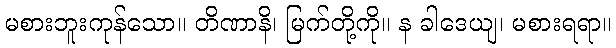
မစားဘူးကုန်သော။ တိဏာနိ၊ မြက်တို့ကို။ န ခါဒေယျ၊ မစားရရာ။